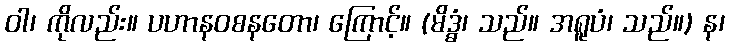
ဝါ၊ ကိုလည်း။ ပဟာနဝစနတော၊ ကြောင့်။ (မိဒ္ဓံ၊ သည်။ အရူပံ၊ သည်။) န၊